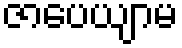
ဇာပေယျာမ